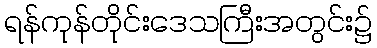
ရန်ကုန်တိုင်းဒေသကြီးအတွင်း၌